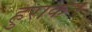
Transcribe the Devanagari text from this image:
हुराकन